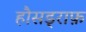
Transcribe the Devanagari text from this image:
हौसड्राफ़